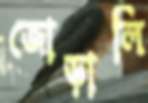
জোড়ালি